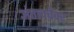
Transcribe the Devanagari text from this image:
अंतत्वचेवर